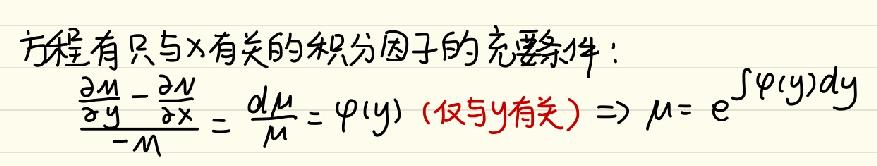
方程有只与\(x\)有关的积分因子的充要条件：
\(\frac{\frac{\partial M}{\partial y}-\frac{\partial N}{\partial x}}{-M}=\frac{d\mu}{\mu}=\varphi(y)\)（仅与\(y\)有关）\(\Rightarrow\mu = e^{\int\varphi(y)dy}\)